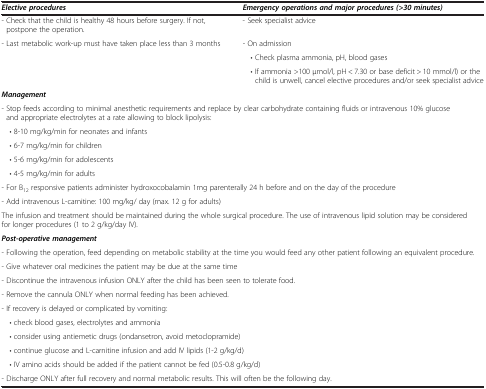
| Elective procedures | Emergency operations and major procedures (>30 minutes) |
 | --- | --- |
 | - Check that the child is healthy 48 hours before surgery. If not, postpone the operation. | - Seek specialist advice |
 | - Last metabolic work-up must have taken place less than 3 months | - On admission |
 |  | • Check plasma ammonia, pH, blood gases |
 |  | • If ammonia >100 μmol/l, pH < 7.30 or base deficit > 10 mmol/l) or the child is unwell, cancel elective procedures and/or seek specialist advice |
 | <COLSPAN=2> Management |
 | <COLSPAN=2> - Stop feeds according to minimal anesthetic requirements and replace by clear carbohydrate containing fluids or intravenous 10% glucose and appropriate electrolytes at a rate allowing to block lipolysis: |
 | <COLSPAN=2> • 8-10 mg/kg/min for neonates and infants |
 | <COLSPAN=2> • 6-7 mg/kg/min for children |
 | <COLSPAN=2> • 5-6 mg/kg/min for adolescents |
 | <COLSPAN=2> • 4-5 mg/kg/min for adults |
 | <COLSPAN=2> - For B12 responsive patients administer hydroxocobalamin 1mg parenterally 24 h before and on the day of the procedure |
 | <COLSPAN=2> - Add intravenous L-carnitine: 100 mg/kg/ day (max. 12 g for adults) |
 | <COLSPAN=2> The infusion and treatment should be maintained during the whole surgical procedure. The use of intravenous lipid solution may be considered for longer procedures (1 to 2 g/kg/day IV). |
 | <COLSPAN=2> Post-operative management |
 | <COLSPAN=2> - Following the operation, feed depending on metabolic stability at the time you would feed any other patient following an equivalent procedure. |
 | <COLSPAN=2> - Give whatever oral medicines the patient may be due at the same time |
 | <COLSPAN=2> - Discontinue the intravenous infusion ONLY after the child has been seen to tolerate food. |
 | <COLSPAN=2> - Remove the cannula ONLY when normal feeding has been achieved. |
 | <COLSPAN=2> - If recovery is delayed or complicated by vomiting: |
 | <COLSPAN=2> • check blood gases, electrolytes and ammonia |
 | <COLSPAN=2> • consider using antiemetic drugs (ondansetron, avoid metoclopramide) |
 | <COLSPAN=2> • continue glucose and L-carnitine infusion and add IV lipids (1-2 g/kg/d) |
 | <COLSPAN=2> • IV amino acids should be added if the patient cannot be fed (0.5-0.8 g/kg/d) |
 | <COLSPAN=2> - Discharge ONLY after full recovery and normal metabolic results. This will often be the following day. |